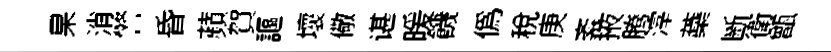
杲消警昏蘋賀謳壞儆谌暖饑偽税庚紊掖腾滓蘃㫁衛甑